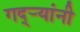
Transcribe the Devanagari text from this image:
गद्र्‍यांनी